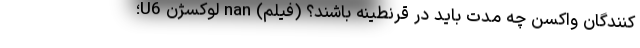
‌کنندگان واکسن چه مدت بايد در قرنطينه باشند؟ (فیلم) nan لوکسژن U6؛